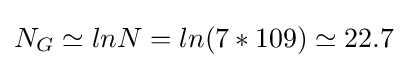
{N_{G}\simeq lnN=ln(7\ast 109)\simeq 22.7}